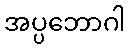
အပ္ပဘောဂါ